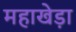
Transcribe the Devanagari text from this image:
महाखेड़ा